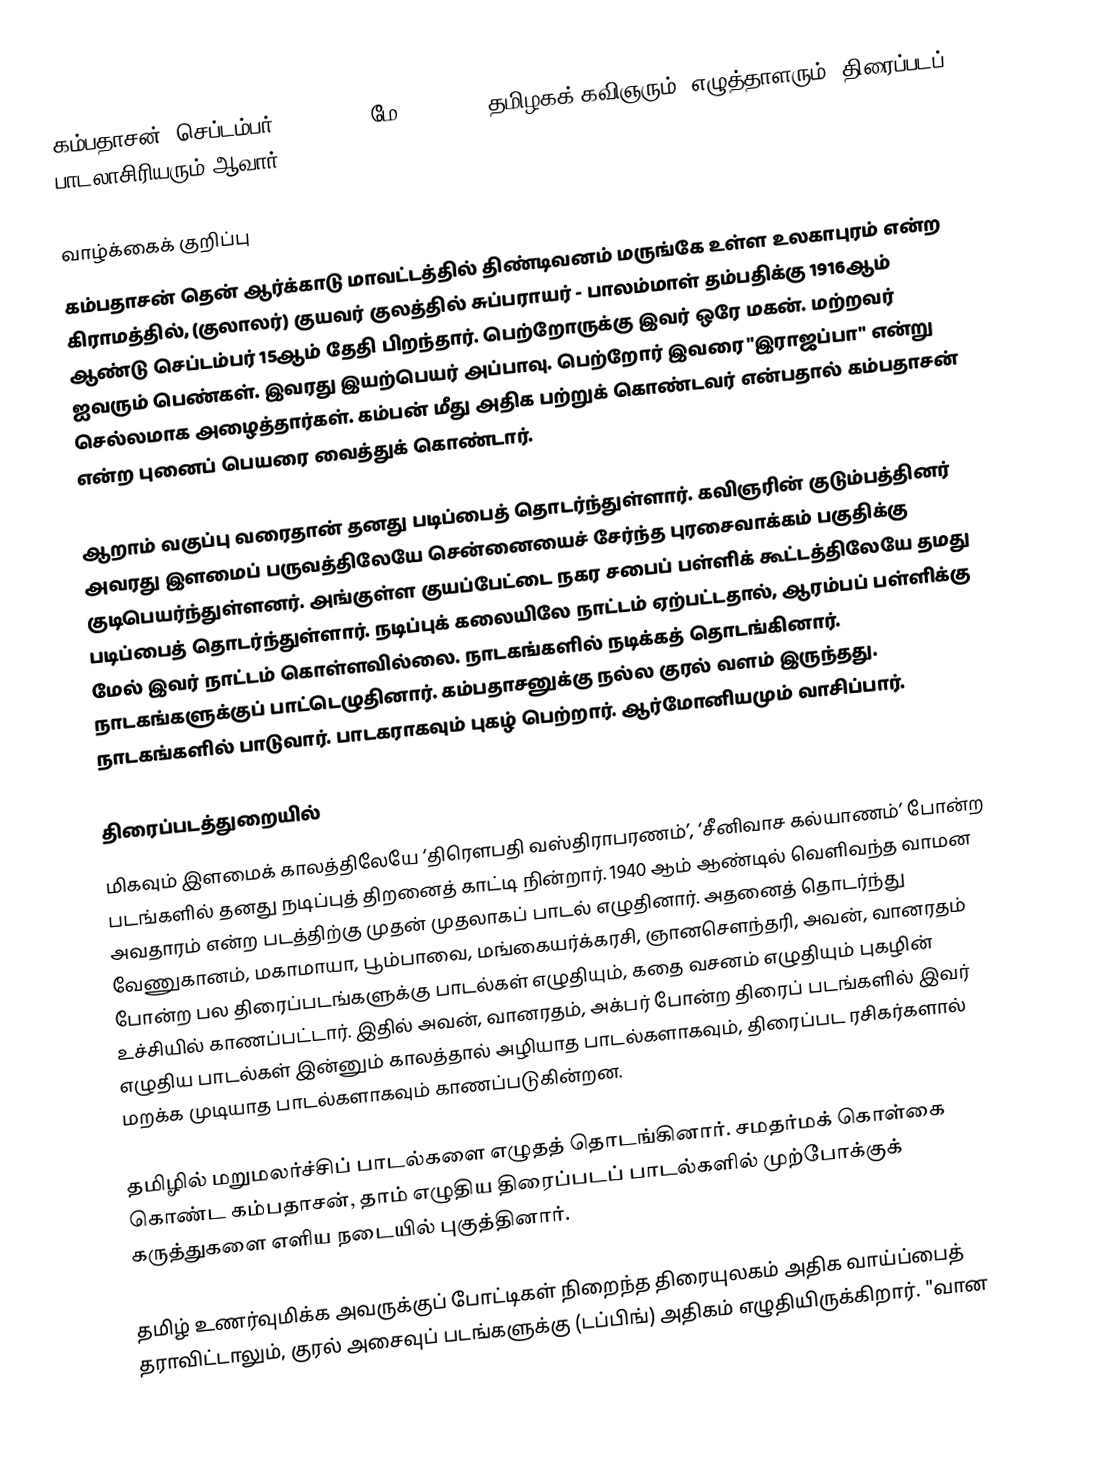
கம்பதாசன் (செப்டம்பர் 15, 1916 - மே 23, 1973) தமிழகக் கவிஞரும், எழுத்தாளரும், திரைப்படப் பாடலாசிரியரும் ஆவார்.

வாழ்க்கைக் குறிப்பு
கம்பதாசன் தென் ஆர்க்காடு மாவட்டத்தில் திண்டிவனம் மருங்கே உள்ள உலகாபுரம் என்ற கிராமத்தில், (குலாலர்) குயவர் குலத்தில் சுப்பராயர் - பாலம்மாள் தம்பதிக்கு 1916ஆம் ஆண்டு செப்டம்பர் 15ஆம் தேதி பிறந்தார். பெற்றோருக்கு இவர் ஒரே மகன். மற்றவர்  ஐவரும் பெண்கள். இவரது இயற்பெயர் அப்பாவு. பெற்றோர் இவரை "இராஜப்பா" என்று செல்லமாக அழைத்தார்கள். கம்பன் மீது அதிக பற்றுக் கொண்டவர் என்பதால் கம்பதாசன் என்ற புனைப் பெயரை வைத்துக் கொண்டார்.

ஆறாம் வகுப்பு வரைதான் தனது படிப்பைத் தொடர்ந்துள்ளார். கவிஞரின் குடும்பத்தினர் அவரது இளமைப் பருவத்திலேயே சென்னையைச் சேர்ந்த புரசைவாக்கம் பகுதிக்கு குடிபெயர்ந்துள்ளனர். அங்குள்ள குயப்பேட்டை நகர சபைப் பள்ளிக் கூட்டத்திலேயே தமது படிப்பைத் தொடர்ந்துள்ளார். நடிப்புக் கலையிலே நாட்டம் ஏற்பட்டதால், ஆரம்பப் பள்ளிக்கு மேல் இவர் நாட்டம் கொள்ளவில்லை. நாடகங்களில் நடிக்கத் தொடங்கினார். நாடகங்களுக்குப் பாட்டெழுதினார். கம்பதாசனுக்கு நல்ல குரல் வளம் இருந்தது. நாடகங்களில் பாடுவார். பாடகராகவும் புகழ் பெற்றார். ஆர்மோனியமும் வாசிப்பார்.

திரைப்படத்துறையில்
மிகவும் இளமைக் காலத்திலேயே ‘திரெளபதி வஸ்திராபரணம்’, ‘சீனிவாச கல்யாணம்’ போன்ற படங்களில் தனது நடிப்புத் திறனைத் காட்டி நின்றார். 1940 ஆம் ஆண்டில் வெளிவந்த வாமன அவதாரம் என்ற படத்திற்கு முதன் முதலாகப் பாடல் எழுதினார். அதனைத் தொடர்ந்து வேணுகானம், மகாமாயா, பூம்பாவை, மங்கையர்க்கரசி, ஞானசெளந்தரி, அவன், வானரதம் போன்ற பல திரைப்படங்களுக்கு பாடல்கள் எழுதியும், கதை வசனம் எழுதியும் புகழின் உச்சியில் காணப்பட்டார். இதில் அவன், வானரதம், அக்பர் போன்ற திரைப் படங்களில் இவர் எழுதிய பாடல்கள் இன்னும் காலத்தால் அழியாத பாடல்களாகவும், திரைப்பட ரசிகர்களால் மறக்க முடியாத பாடல்களாகவும் காணப்படுகின்றன.

தமிழில் மறுமலர்ச்சிப் பாடல்களை எழுதத் தொடங்கினார். சமதர்மக் கொள்கை கொண்ட கம்பதாசன், தாம் எழுதிய திரைப்படப் பாடல்களில் முற்போக்குக் கருத்துகளை எளிய நடையில் புகுத்தினார்.

தமிழ் உணர்வுமிக்க அவருக்குப் போட்டிகள் நிறைந்த திரையுலகம் அதிக வாய்ப்பைத் தராவிட்டாலும், குரல் அசைவுப் படங்களுக்கு (டப்பிங்) அதிகம் எழுதியிருக்கிறார். "வான